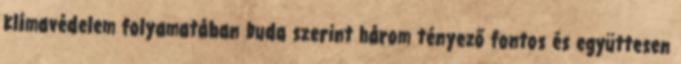
klímavédelem folyamatában Duda szerint három tényező fontos és együttesen